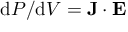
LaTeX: \mathrm { d } P / \mathrm { d } V = \mathbf { J } \cdot \mathbf { E }